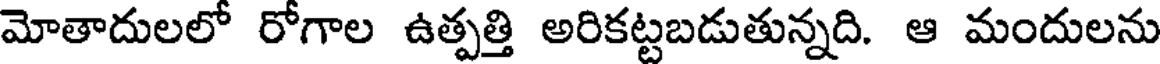
మోతాదులలో రోగాల ఉత్పత్తి అరికట్టబడుతున్నది. ఆ మందులను